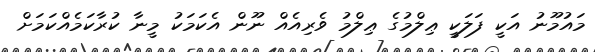
މައުމޫނު އަކީ ފަލަކީ ޢިލްމުގެ ޢިލްމު ވެރިއެއް ނޫން އެކަމަކު މީނާ ކުރާކަމެއްކަމަށް